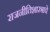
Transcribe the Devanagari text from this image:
राजनीतिशास्त्राचे